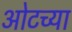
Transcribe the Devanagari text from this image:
ओटच्या